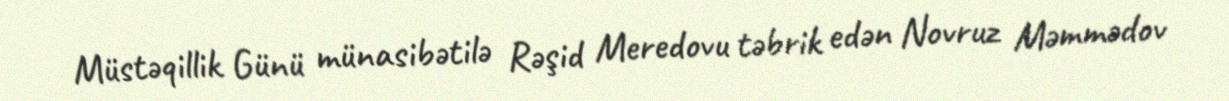
Müstəqillik Günü münasibətilə Rəşid Meredovu təbrik edən Novruz Məmmədov